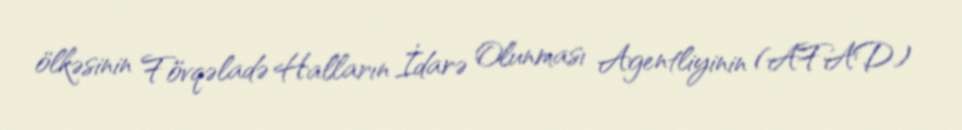
ölkəsinin Fövqəladə Halların İdarə Olunması Agentliyinin (AFAD)